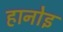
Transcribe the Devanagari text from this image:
हानोइ